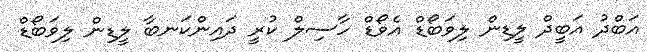
އަބްދު އަބީދް ލީޑިން ލިވަބޯޑް އެވޯޑް ހާސިލް ކުރީ ދައިންކަނބާ ލީޑިން ލިވަބޯޑް